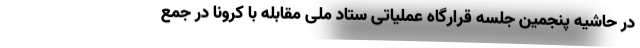
در حاشیه پنجمین جلسه قرارگاه عملیاتی ستاد ملی مقابله با کرونا در جمع